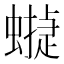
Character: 𧑻